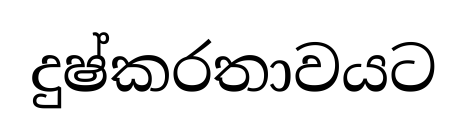
දුෂ්කරතාවයට